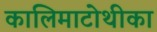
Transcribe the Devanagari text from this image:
कालिमाटोथीका